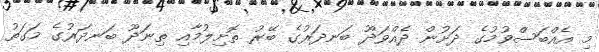
މި އެއްބަސްވުމުގެ ދަށުން ދެއްވަދޫ ބަނދަރުގެ ބޭރު ތޮށިލުމާއި ތިނަދޫ ބަނދަރުގެ މަގަތު